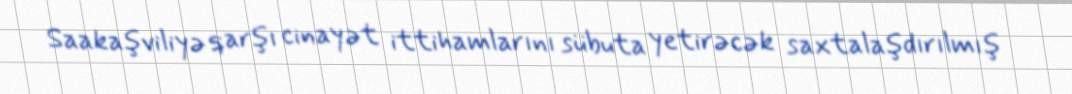
Saakaşviliyə qarşı cinayət ittihamlarını sübuta yetirəcək saxtalaşdırılmış